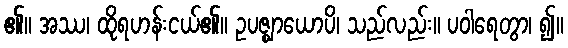
၏။ အဿ၊ ထိုရဟန်းငယ်၏။ ဥပဇ္ဈာယောပိ၊ သည်လည်း။ ပဝါရေတွာ၊ ၍။